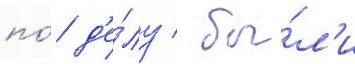
по́ д'е́лу / бы́л'и